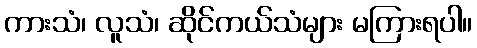
ကားသံ၊ လူသံ၊ ဆိုင်ကယ်သံများ မကြားရပါ။